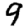
Digit: 9